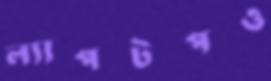
ল্যাপটপও